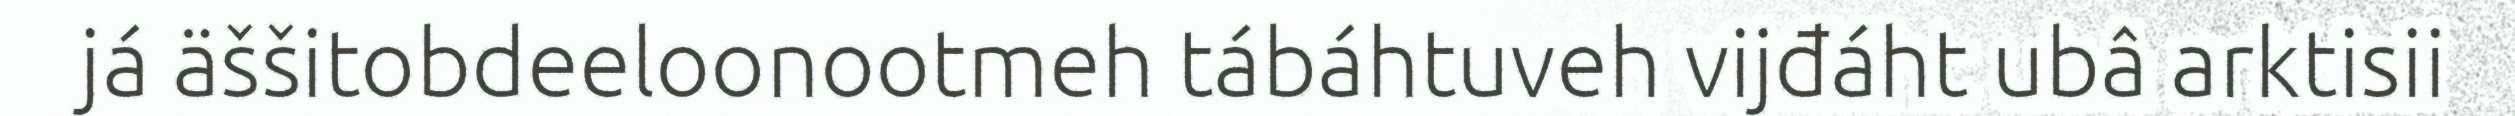
já äššitobdeeloonootmeh tábáhtuveh vijđáht ubâ arktisii